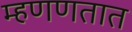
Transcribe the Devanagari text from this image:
म्हणणतात